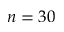
n = 3 0